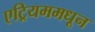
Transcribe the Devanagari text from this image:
एट्रियममधून